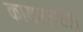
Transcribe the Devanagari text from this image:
कायररास्ता